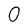
Character: 0